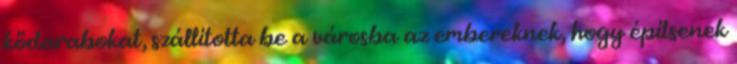
kődarabokat, szállította be a városba az embereknek, hogy építsenek